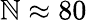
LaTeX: \mathbb{N}\approx80